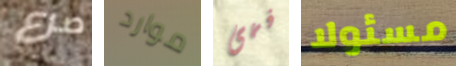
صرع موارد فهى مسئولا